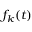
f _ { k } ( t )